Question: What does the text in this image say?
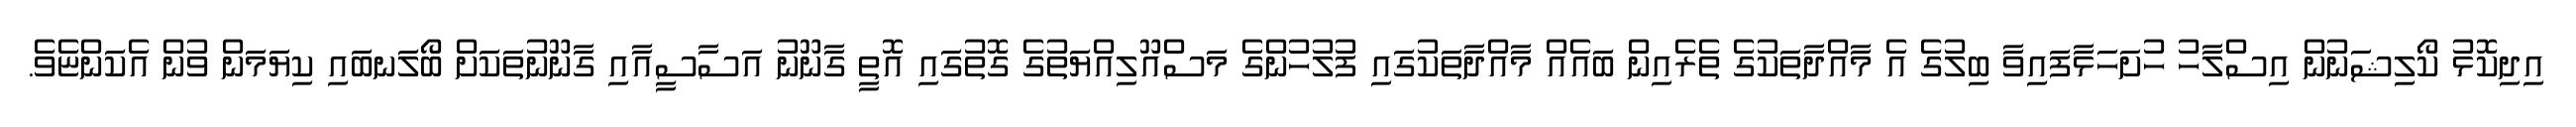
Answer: އިދިކޮޅު ކޯލިޝަނުން އިސްލާހު ހުށަހަޅާފައިވާ ބިލުގެ އެ މާއްދާތަކުގެ ތެރެއިން ބައެއް މާއްދާތަކުގައި ފުލުހުންގެ މަސްއޫލިއްޔަތުގެ ގޮތުގައި އޮތީ ގާނޫނު އަސާސީއާއި ގާނޫނުތަކަށް ބޯލަނބައި ކިޔަމަން ވުން އެކަންޏެވެ.